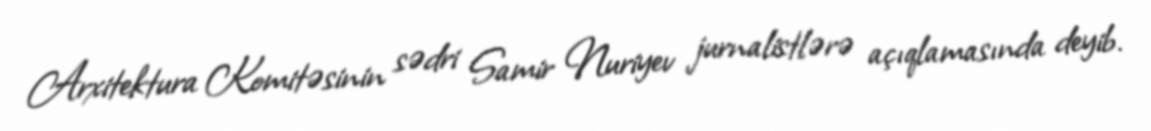
Arxitektura Komitəsinin sədri Samir Nuriyev jurnalistlərə açıqlamasında deyib.